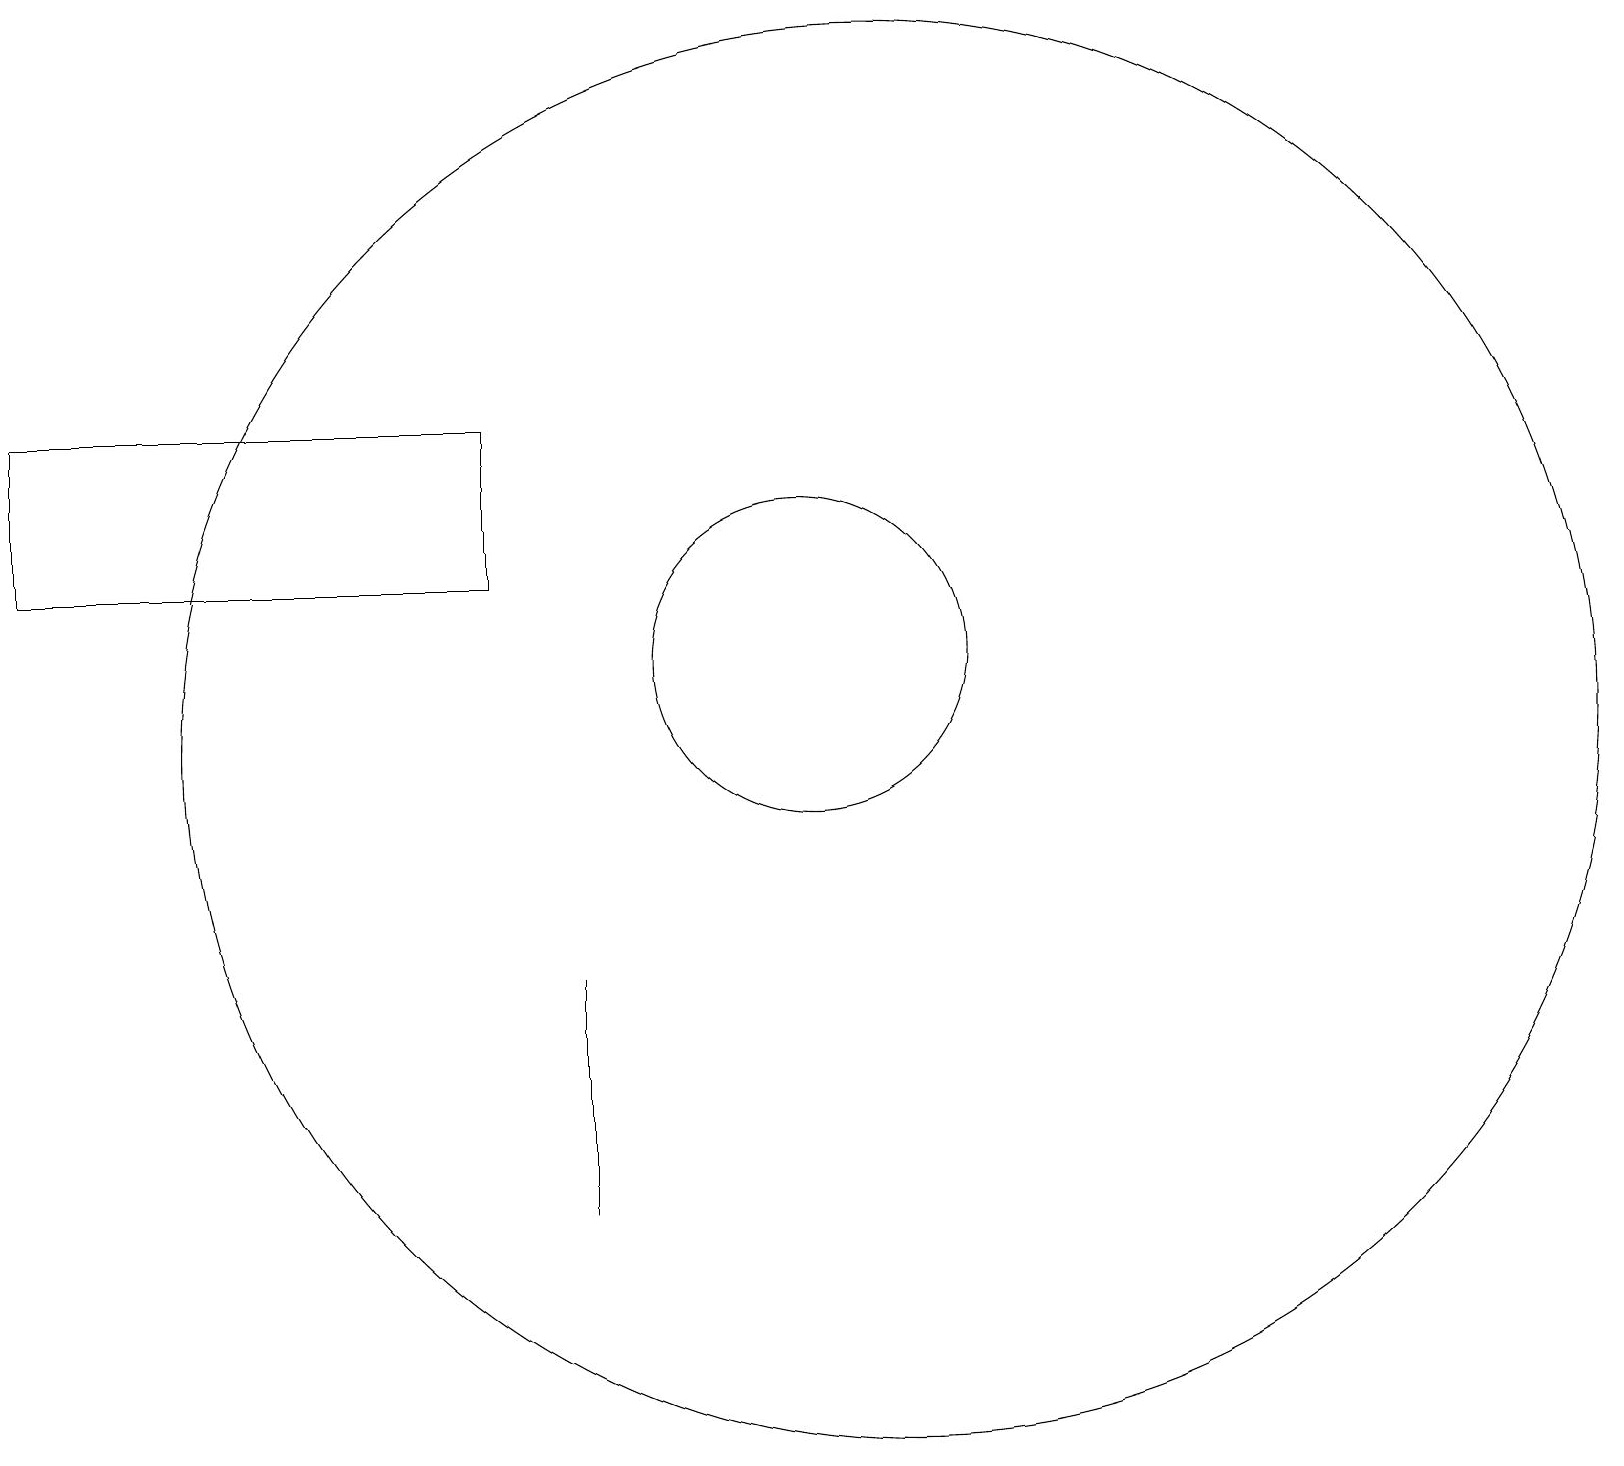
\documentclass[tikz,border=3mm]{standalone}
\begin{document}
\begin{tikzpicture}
\draw (11,11) circle (2);
\draw (8,7) -- (8,4) -- (8,5) -- cycle;
\draw (7,12) rectangle (1,14);
\draw (12,10) circle (9);
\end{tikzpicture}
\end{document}